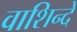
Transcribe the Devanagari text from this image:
वाशिन्दे